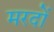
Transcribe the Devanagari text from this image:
मरदों